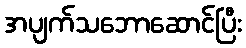
အပျက်သဘောဆောင်ပြီး